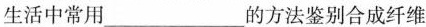
生活中常用___的方法鉴别合成纤维